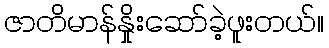
ဇာတိမာန်နှိုးဆော်ခဲ့ဖူးတယ်။